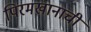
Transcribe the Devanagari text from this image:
पिरमखानाची